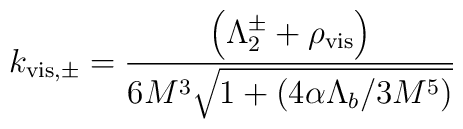
k_{\rm vis,\pm}={\left(\Lambda_2^\pm+\rho_{\rm vis}\right)\over6M^3\sqrt{1+({4\alpha\Lambda_b}/{3M^5})}}